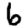
Digit: 6